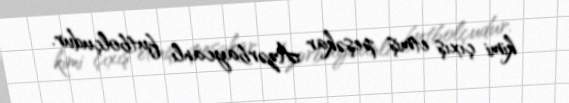
kimi çıxış etmiş peşəkar Azərbaycanlı futbolçudur.